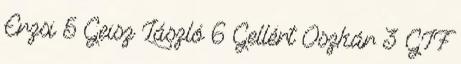
Erzsi 5 Geisz László 6 Gellért Oszkár 3 GIF